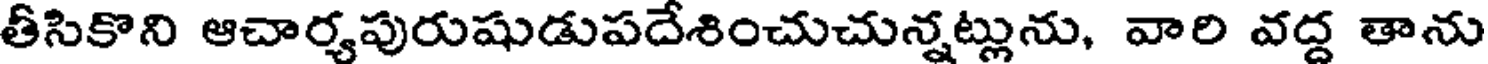
తీసికొని ఆచార్యపురుషుడుపదేశించుచున్నట్లును, వారి వద్ద తాను